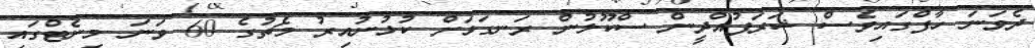
ދެވަނަ ހާފްގައިވެސް ޝަރަފުއްދީން ސްކޫލުން ރަނގަޅަށް ކުޅުނުއިރު މެޗުގެ 60 ވަނަ މިނެޓްގައި